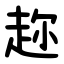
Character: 趂